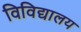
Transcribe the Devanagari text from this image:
विविद्यालय